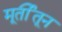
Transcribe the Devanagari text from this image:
मूर्तीतून